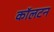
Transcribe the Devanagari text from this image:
काॅलटन